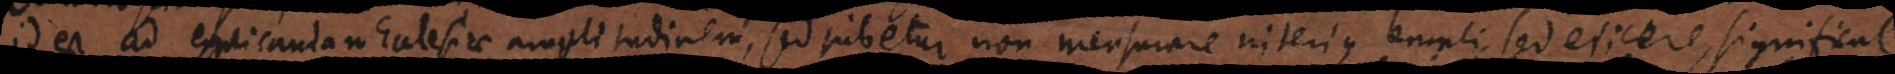
id est ad explicandam Ecclesiae amplitudinem, sed jubetur non mensurare interius templi, s